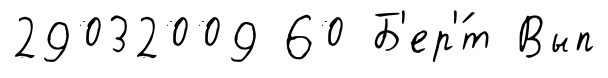
29032009 60 Б'ер'́т Вып